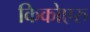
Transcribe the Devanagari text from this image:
किकोएरु